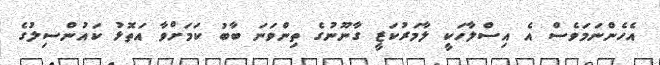
އެހެންނަމަވެސް އެ އިސްލާހަކީ ލާމަރުކަޒީ ގާނޫނުގެ ތިންވަނަ ބާބު ކަމަށްވާ އަތޮޅު ކައުންސިލުގެ